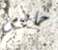
جايني